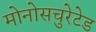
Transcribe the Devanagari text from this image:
मोनोसचुरेटेड